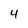
Character: 4